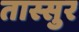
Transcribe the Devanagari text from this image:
तास्सुर